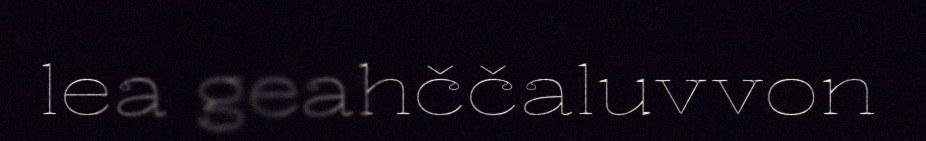
lea geahččaluvvon